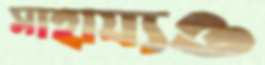
সাহায্যও